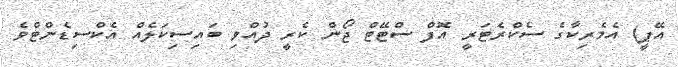
އޭޕީ) އެމެރިކާގެ ސެކްރެޓަރީ އޮފް ސްޓޭޓް ޖޯން ކެރީ ދުއްވި ބައިސިކަލެއް އެކްސިޑެންޓްވެ